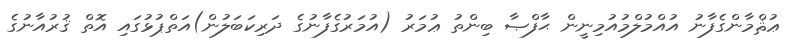
ޢުޘްމާންގެފާނު އުއްމުލްމުއުމިނީން ޙާފްޞާ ބިންތު ޢުމަރު (އުމަރުގެފާނުގެ ދަރިކަބަލުން)އަތްޕުޅުގައި އޮތް ޤުރުއާނުގެ